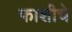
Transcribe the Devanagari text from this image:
फाशीचे